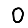
Digit: 0